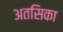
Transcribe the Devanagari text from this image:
अतसिका